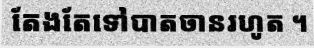
តែងតែទៅបាតចានរហូត ។